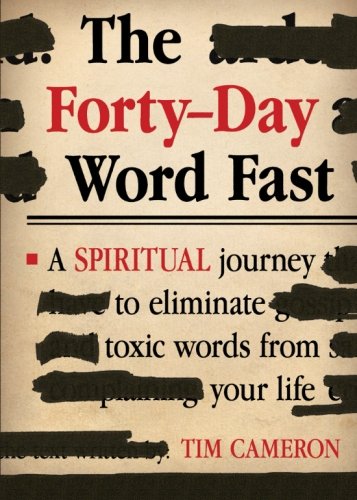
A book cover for The Forty-Day Word Fast: A Spiritual Journey to Eliminate Toxic Words From Your Life; Tim Cameron; Christian Books & Bibles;